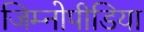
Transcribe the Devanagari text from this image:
जिम्नोपीडिया